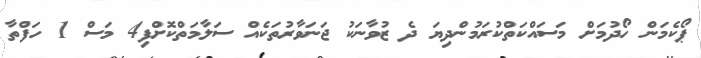
ޕޯކެމަން ހޯދުމަށް މަސައްކަތްކުރަމުންދިޔަ ދެ ޒުވާނަކު ޖަނަވާރުތަކެއް ސަލާމަތްކޮށްފި4 މަސް 1 ހަފްތާ